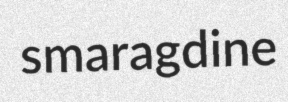
smaragdine